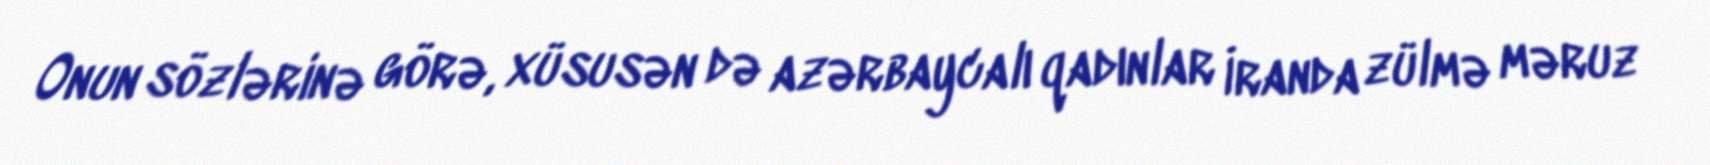
Onun sözlərinə görə, xüsusən də azərbaycalı qadınlar İranda zülmə məruz